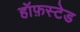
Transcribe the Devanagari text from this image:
हॉफ़स्टेड